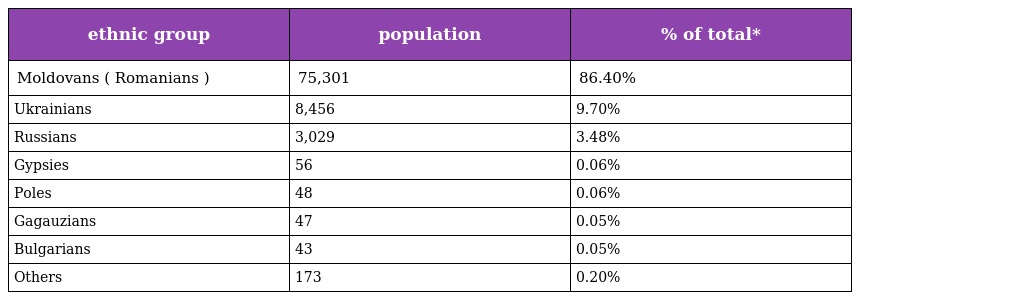
| ethnic group | population | % of total* |
 | --- | --- | --- |
 | Moldovans ( Romanians ) | 75,301 | 86.40% |
 | Ukrainians | 8,456 | 9.70% |
 | Russians | 3,029 | 3.48% |
 | Gypsies | 56 | 0.06% |
 | Poles | 48 | 0.06% |
 | Gagauzians | 47 | 0.05% |
 | Bulgarians | 43 | 0.05% |
 | Others | 173 | 0.20% |